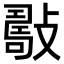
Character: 𢿟